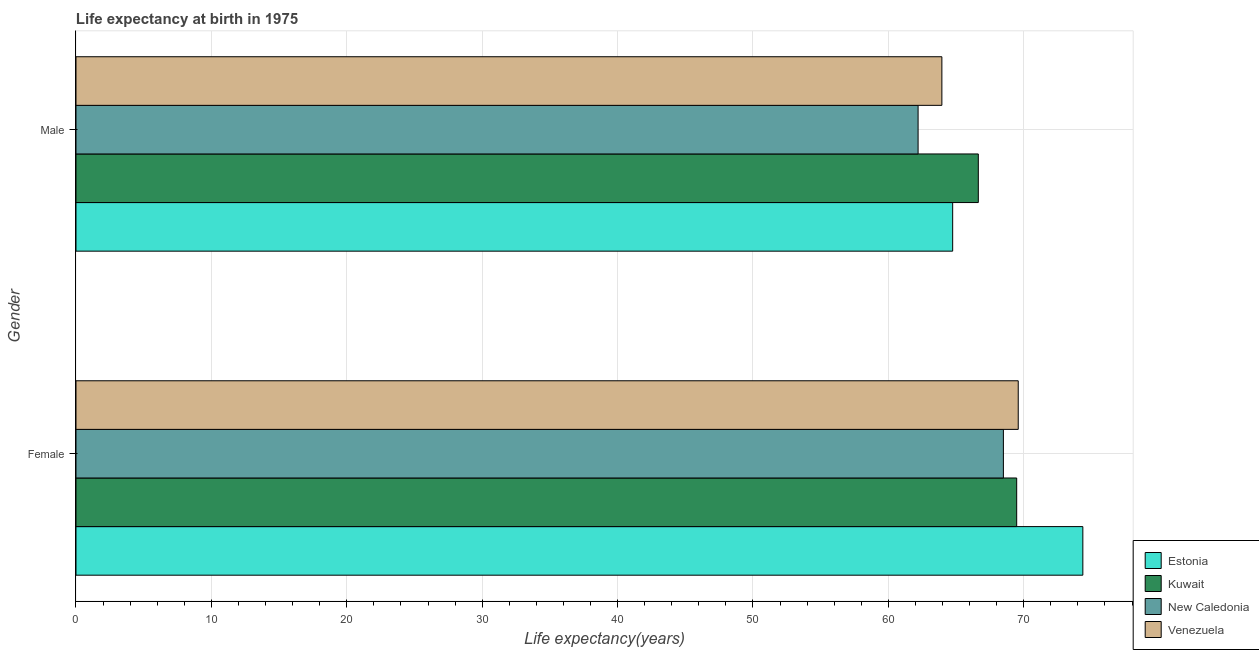
| Gender | Estonia | Kuwait | New Caledonia | Venezuela |
 | --- | --- | --- | --- | --- |
 | Female | 74.4 | 69.5 | 68.5 | 69.6 |
 | Male | 64.8 | 66.6 | 62.2 | 64 |